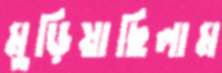
মুড়িয়াছিলাম